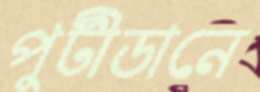
পুটীডানে